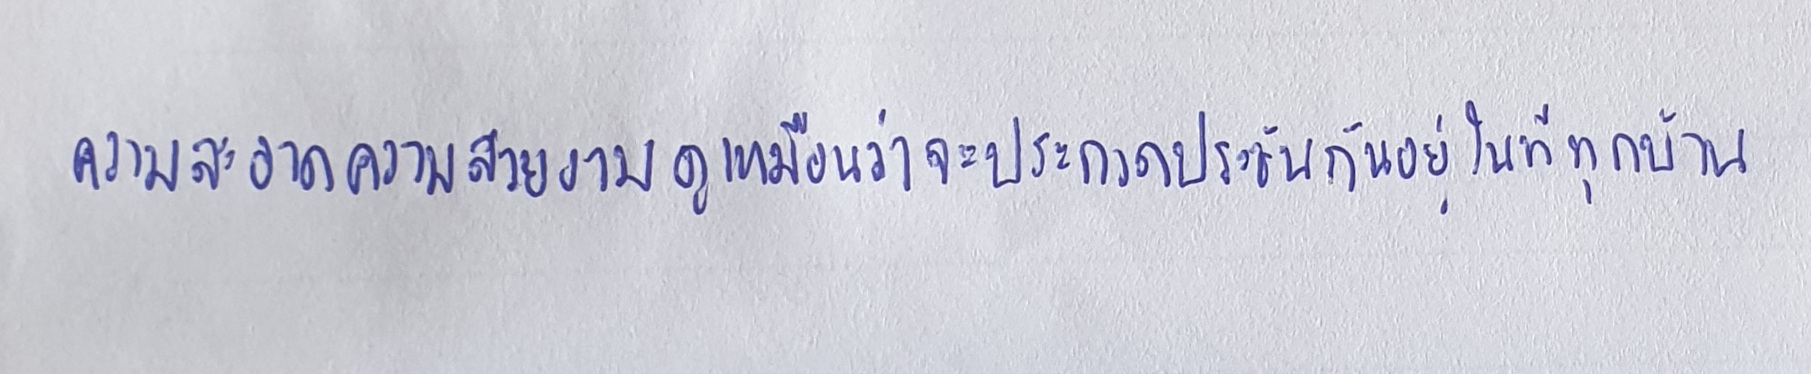
ความสะอาดความสวยงามดูเหมือนว่าจะประกวดประชันกันอยู่ในทีทุกบ้าน